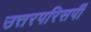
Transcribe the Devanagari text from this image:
उत्तरपरिसर्पी